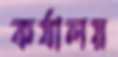
কর্যালয়